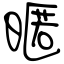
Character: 暱